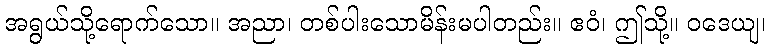
အရွယ်သို့ရောက်သော။ အညာ၊ တစ်ပါးသောမိန်းမပါတည်း။ ဧဝံ၊ ဤသို့။ ဝဒေယျ၊